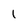
Character: 1